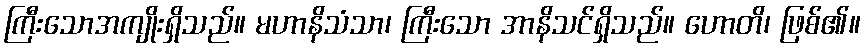
ကြီးသောအကျိုးရှိသည်။ မဟာနိသံသာ၊ ကြီးသော အာနိသင်ရှိသည်။ ဟောတိ၊ ဖြစ်၏။